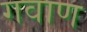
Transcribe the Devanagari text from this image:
गवाण